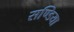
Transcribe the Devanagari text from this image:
सण्डिया